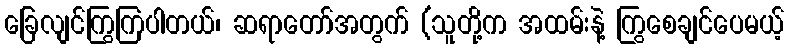
ခြေလျင်ကြွကြပါတယ်၊ ဆရာတော်အတွက် (သူတို့က အထမ်းနဲ့ ကြွစေချင်ပေမယ့်